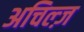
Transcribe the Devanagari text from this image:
अचिल्ज़